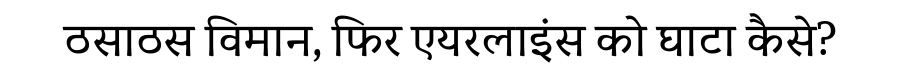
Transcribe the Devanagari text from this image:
ठसाठस विमान, फिर एयरलाइंस को घाटा कैसे?